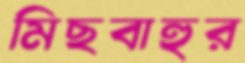
মিছবাহুর